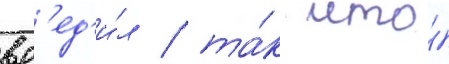
вр'ед'и́л / та́к что́